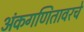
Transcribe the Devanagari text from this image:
अंकगणितावरचे